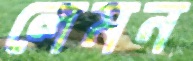
লেমন